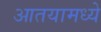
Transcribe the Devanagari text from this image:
आतयामध्ये